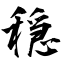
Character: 穏